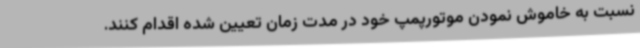
نسبت به خاموش نمودن موتورپمپ خود در مدت زمان تعیین شده اقدام کنند.